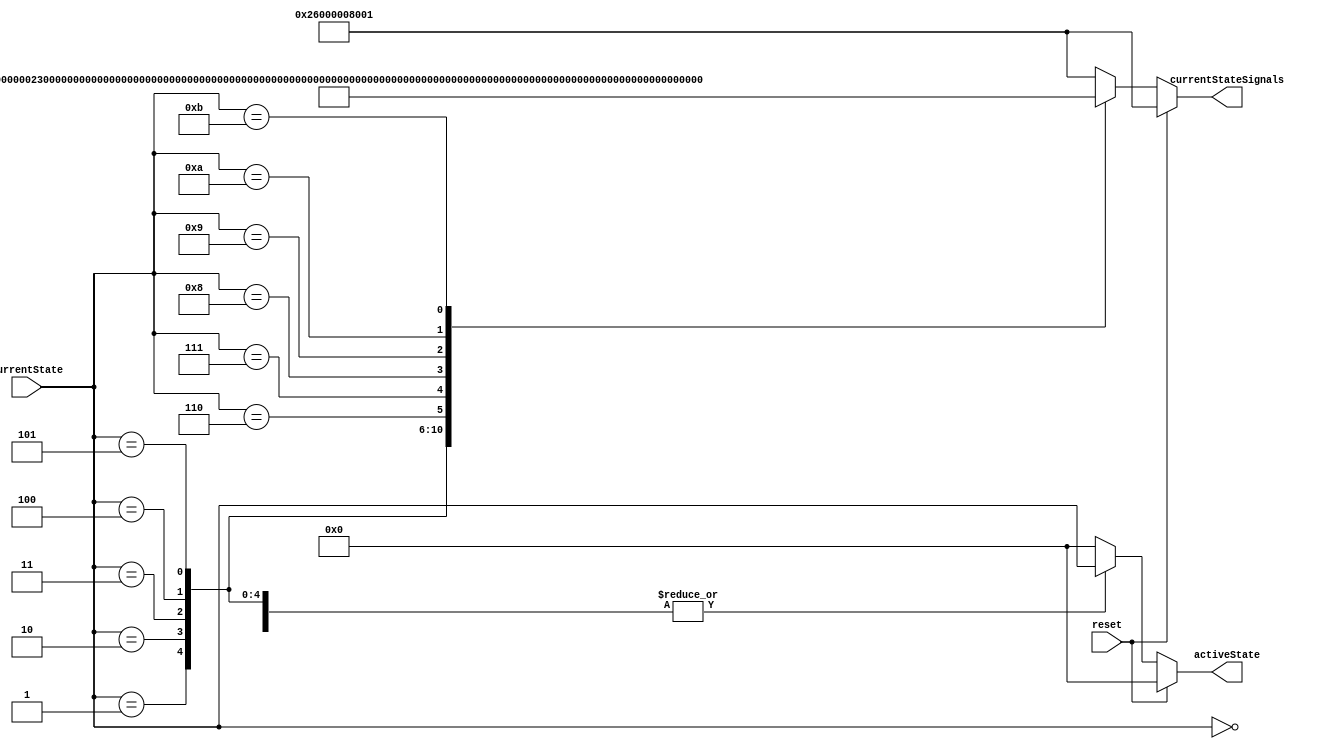
module Microstore(output reg [43:0] currentStateSignals, output reg[6:0] activeState, 
                    input reset, input [6:0] currentState);
always @ (currentState, reset)
    if (reset) begin
        currentStateSignals = 44'b00100110000000000000000000001000000000000001;
        activeState = 7'd0; // For testing purposes.
        end
    else
        begin
            activeState = currentState; // For testing purposes.
            case(currentState)
                7'd0: currentStateSignals = 44'b00100110000000000000000000001000000000000001;
                7'd1: currentStateSignals = 44'b01100000000100000000000000000000000000100011;
                7'd2: currentStateSignals = 44'b00000000000010001000000000000000000000100011;
                7'd3: currentStateSignals = 44'b00000000000001100100011000000000000000100011;
                7'd4: currentStateSignals = 44'b10000000000001100100011000000000001000100100;
                7'd5: currentStateSignals = 44'b00011010000000000000000000000000000000100001;
                7'd6: currentStateSignals = 44'b00001110100000010000000000000000000000100011;
                7'd7: currentStateSignals = 44'b00001100001000001000000000000000000000100011;
                7'd8: currentStateSignals = 44'b00000000010000100000000000000000000000100011;
                7'd9: currentStateSignals = 44'b00000000010000100000000000000000010010100101;
                7'd10: currentStateSignals = 44'b00001010000000000000000000111100000000101110;
                7'd11: currentStateSignals = 44'b00100100000000000000000001000100000100100010;
                // Default state is Reset (0) state.
                default: begin
                    currentStateSignals = 44'b00100110000000000000000000001000000000000001;
                    activeState = 7'd0; // For testing purposes.
                end
            endcase
        end
endmodule

// module microstore_testbench;
//     reg clk, reset;
//     reg [6:0] state;
//     wire[43:0] StateSignals;

// Outdated; need to update for future testing.
//     Microstore Mstore(state, 1'b0, StateSignals);

//     initial begin
//     clk = 1'b0;
//         repeat(5)
//             begin
//                 #5 clk = 1'b1;
//                 #5 clk = 1'b0;
//             end
//     end

//     initial begin
//         state= 7'd0;
//         #10 state = 7'b0000001;
//         #10 state = 7'd3;
//     end

//     always @ (posedge clk)
//         begin
//             $monitor("State: %d, SS: %b Clk: %b, Time: %d", state, StateSignals, clk, $time);
//         end
// endmodule